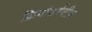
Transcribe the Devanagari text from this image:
क्रियांतर्गतीय